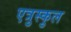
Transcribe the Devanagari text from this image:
एत्रुस्कुल